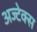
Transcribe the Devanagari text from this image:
अज्टेक्स